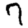
Digit: 7